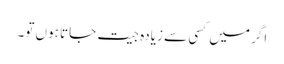
اگر میں کسی سے زیادہ جیت جاتا ہوں تو۔